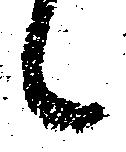
々